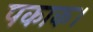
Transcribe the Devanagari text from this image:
पकाक।